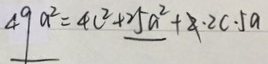
4 9 a ^ { 2 } = 4 c ^ { 2 } + 2 5 a ^ { 2 } + 2 \cdot 2 c \cdot 5 a